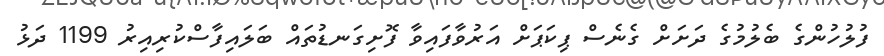
ފުލުހުންގެ ބެލުމުގެ ދަށަށް ގެނެސް ޕިކަޕަށް އަރުވާފައިވާ ފޮށިގަނޑުތައް ބަލައިފާސްކުރިއިރު 1199 ދަޅު